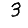
Digit: 3